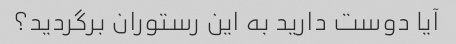
آیا دوست دارید به این رستوران برگردید؟